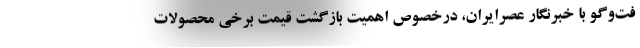
فت‌وگو با خبرنگار عصرایران، درخصوص اهمیت بازگشت قیمت برخی محصولات